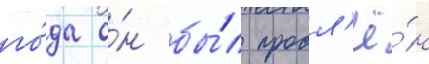
го́да о́н бы́л продл'ё́н